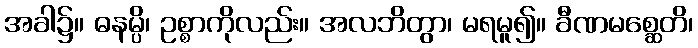
အခါ၌။ ဓနမ္ပိ၊ ဥစ္စာကိုလည်း။ အလဘိတွာ၊ မရမူ၍။ ခီဏမစ္ဆေတိ၊